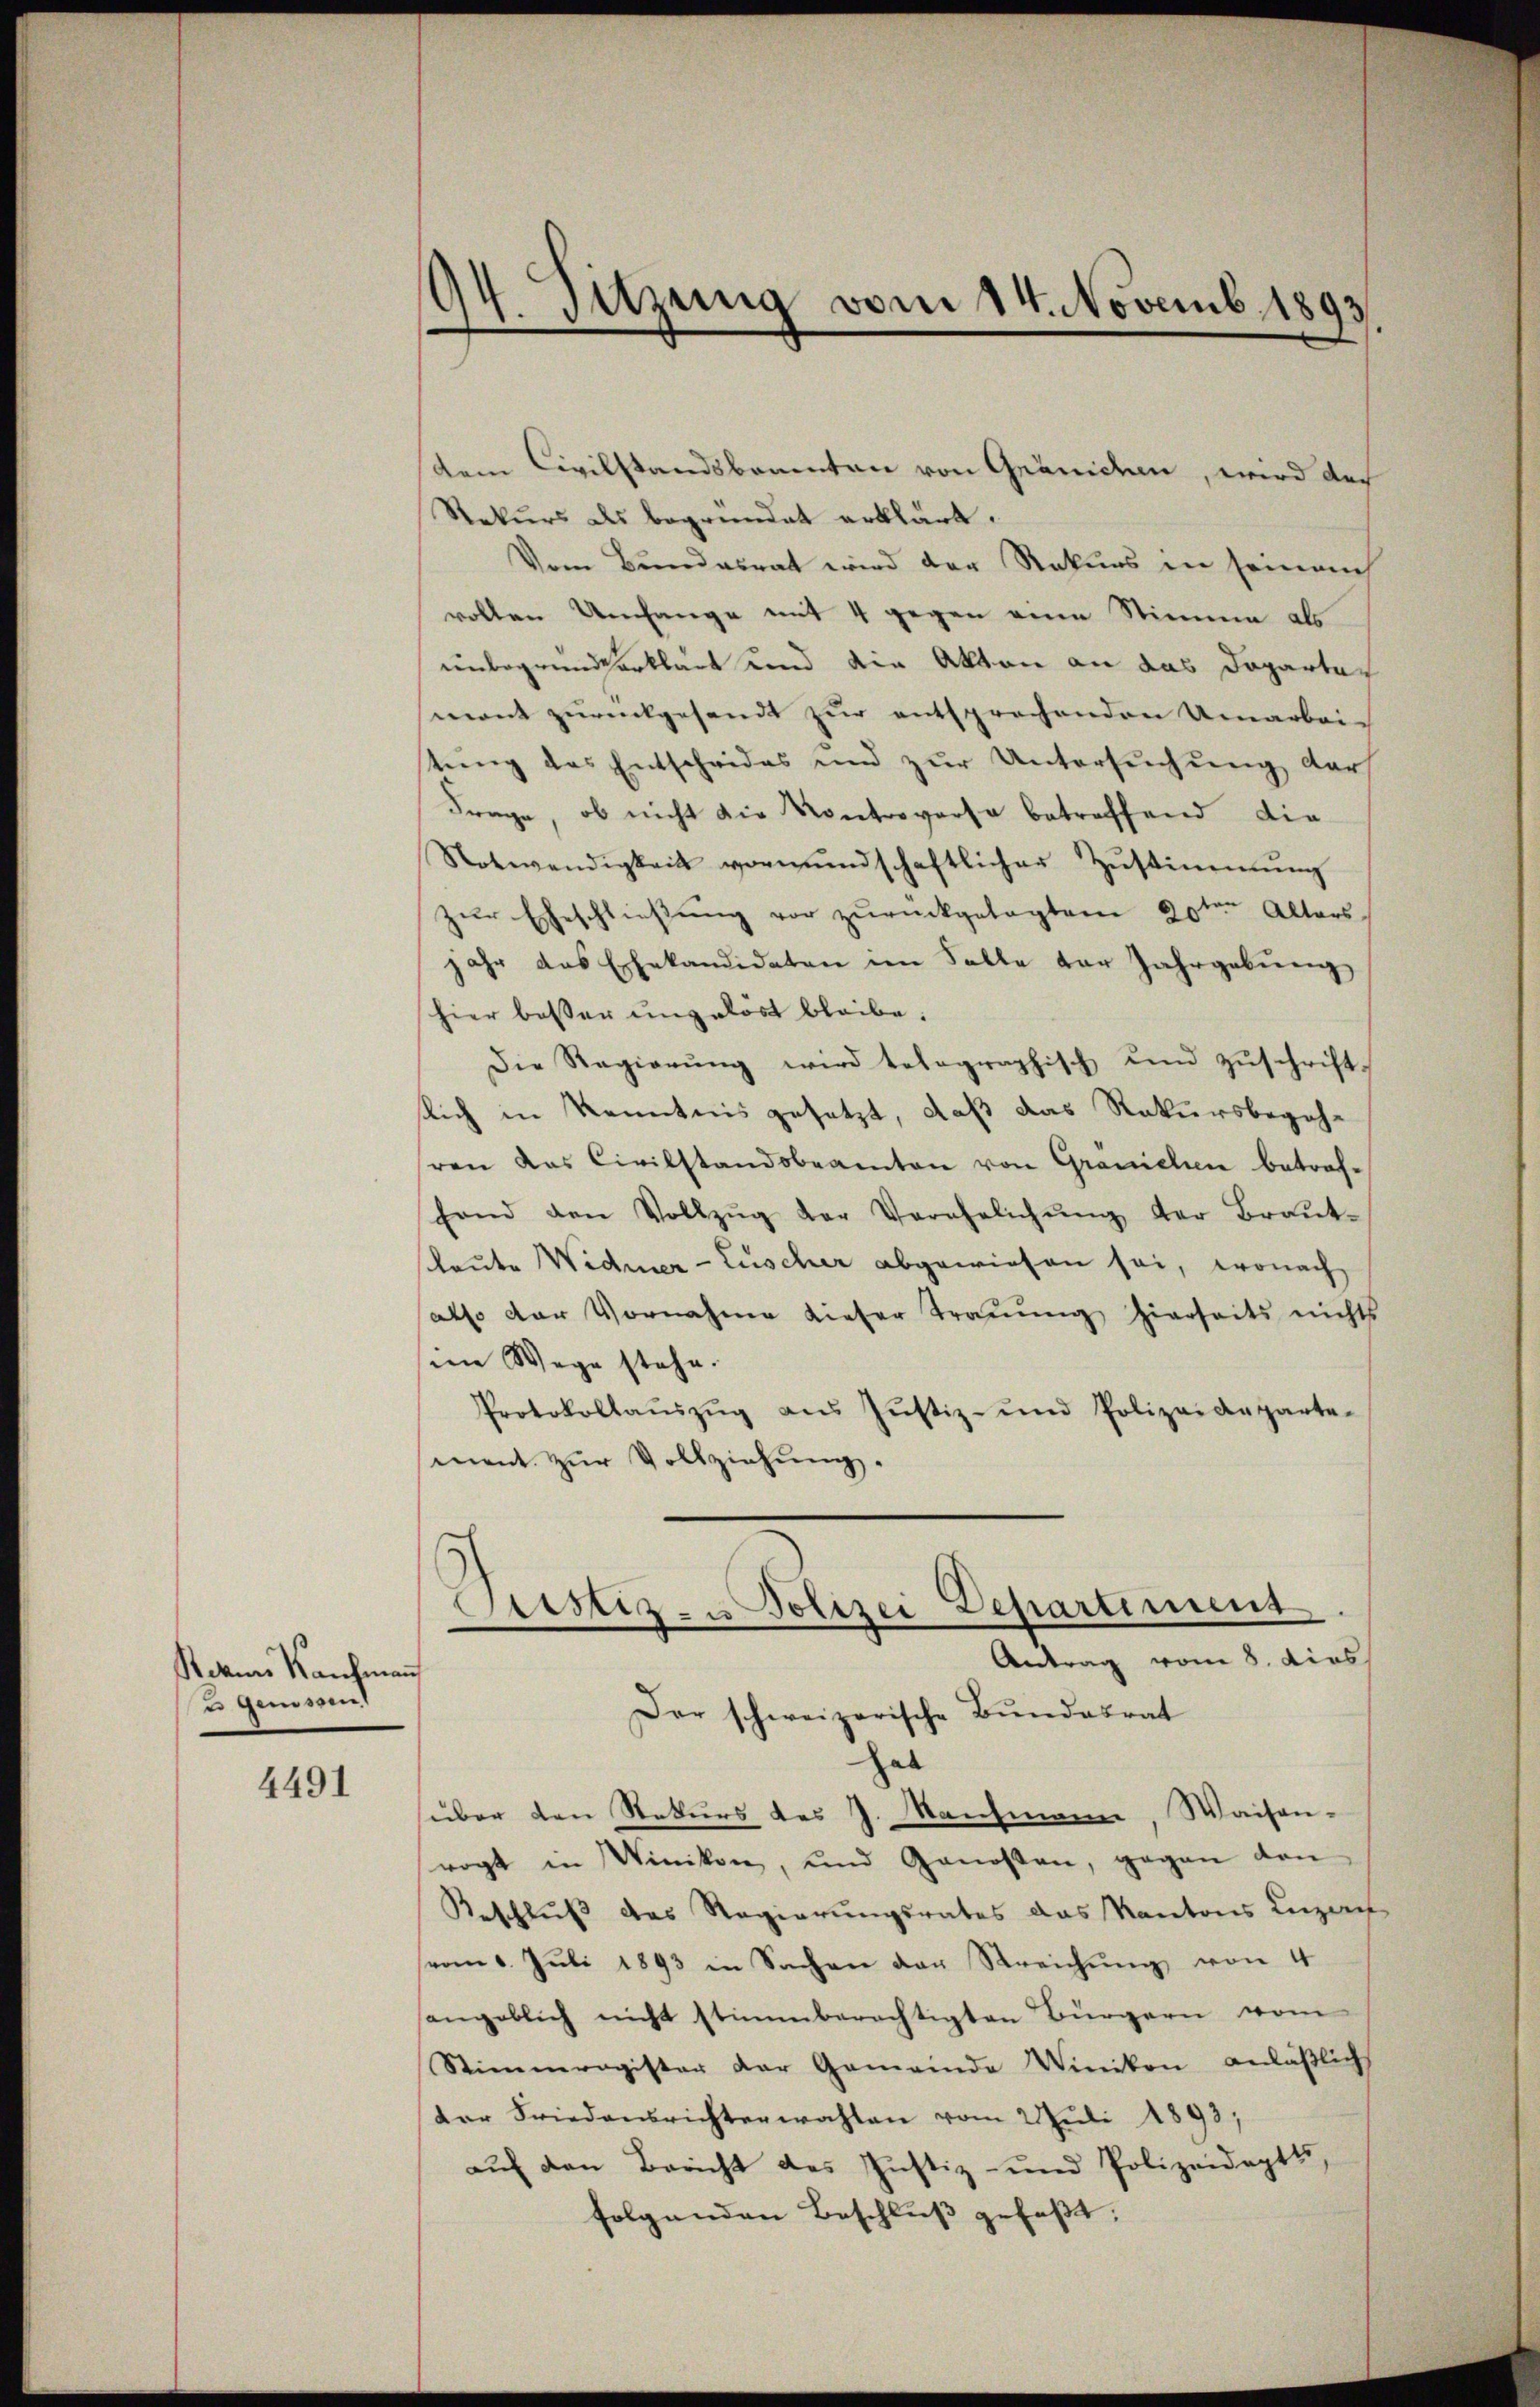
Kein Kaufmann
2 Genossen

4491

94. Suzung vom 14. Novemb. 1893.

dem Civilstandsbauenten von Gränichten, wird das
Rekurs als begründet erklärt.
Vom Bundesrat wird der Rekurs in seinem
vollen Umfange mit 4 gegen eine Stimme als
unbegrundverklärt und die Akten an das Doparter
mont zurückgesandt zur entsprechenden Umarbei-
tung des Entscheides und zur Untersuchung der
Frage, ob nicht die Kontroversa betreffend die¬
Notwendigkeit vormŭndschaftlicher Zŭstimmung
zŭr Eheschließung vor zurückgelegtem 20ten Alters
jahr das Elekandidaten im Salle der Jahrgebung
hier besser ungelöst bleibe.
Die Regierŭng wird telegraphisch und zŭschrift-
lich in Kenntnis gesetzt, daß das Rekursbegehhren das Civilstandsbeamten von Granchen betrefhand den Vollzŭg der Verehelichŭng der Braŭt-
sleute Widmer-Luscher abgewiesen sei, wonach
also der Vornahme dieser Traŭŭng hierseits nichts
seine Wege stehe.
Protokollaŭszŭg ans Jŭstiz- und Polizeideparte-
mnent zur Vollziehung.
s
Custiz- u Polizei Departiment
Antrag vom 8. dies
Der schweizerische Bundesrat
al
über den Rekurs des J. Nachmann, Waisen-
vogt in Winikon, und Genossen, gegen den
Beschluß das Regierungsrates das Kantons Luzach
vom 8. Juli 1893 in Sachen der Streichŭng von 4
angeblich nicht stimmberechtigten Bürgern vom
Stimmregister der Gemeinde Winikon anläßlichs
der Friedensrichterwahlen vom 2. Juli 1893,
auf den Bericht des Justiz- und Polizeideptts,
folgenden Beschluß gefaßt: